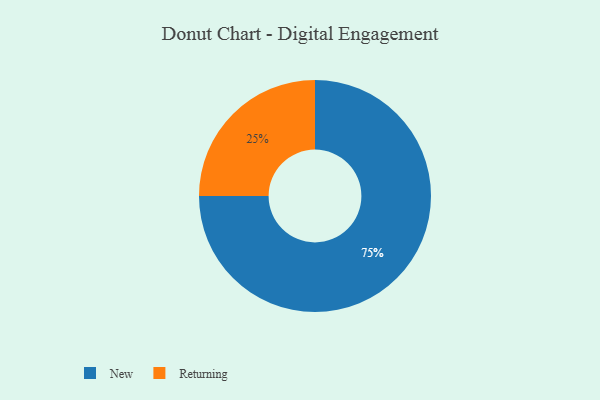
{"axis": {"x": "Category", "y": "Percentage"}, "legend": ["New", "Returning"], "data": [{"x": "New", "y": 75, "type": "New"}, {"x": "Returning", "y": 25, "type": "Returning"}]}